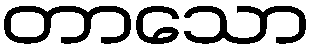
တာသော